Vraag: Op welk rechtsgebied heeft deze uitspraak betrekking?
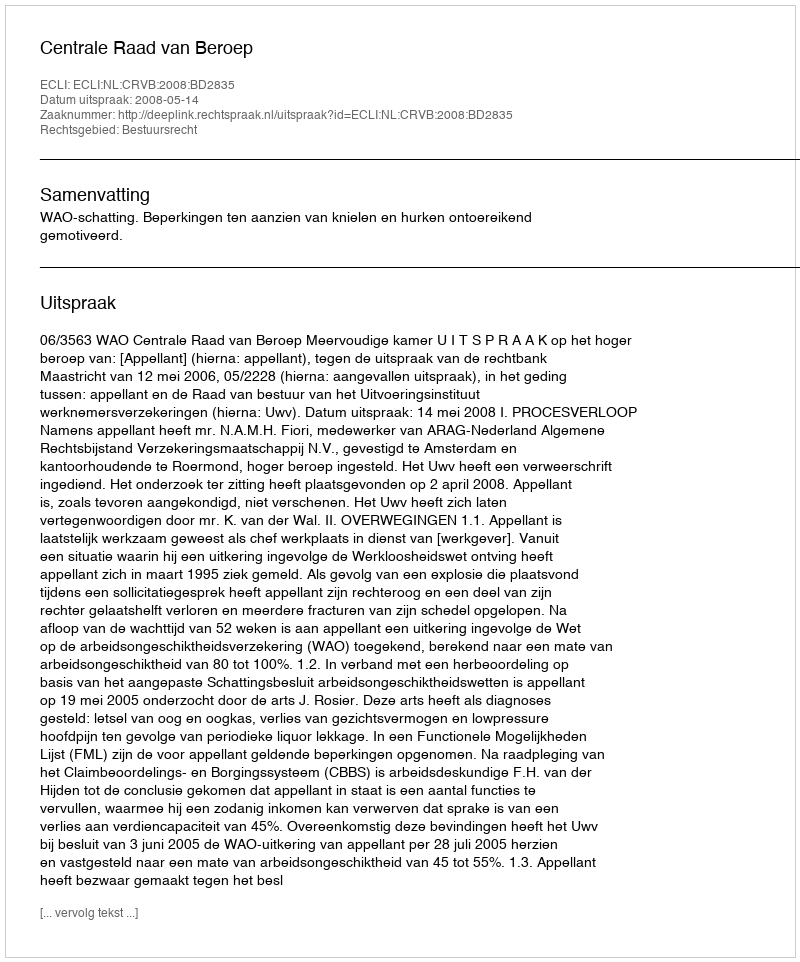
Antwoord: Bestuursrecht